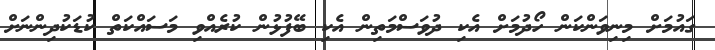
ގައުމަށް މިނިވަންކަން ހޯދުމަށް އެކި ދުވަސްމަތިން އެކި ބޭފުޅުން ކުރެއްވި މަސައްކަތް ކުޑަކުދިންނަށް